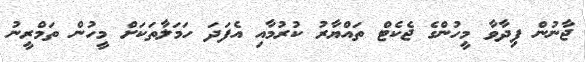
ޖާނުން ފިދާވާ މީހުންގެ ޖެކެޓް ތައްޔާރު ކުރުމާއި އެފަދަ ހަމަލާތަކަށް މީހުން ތަމްރީނު